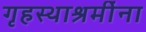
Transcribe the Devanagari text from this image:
गृहस्थाश्रमींना